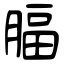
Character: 腷